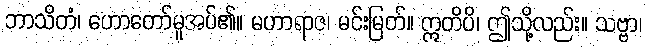
ဘာသိတံ၊ ဟောတော်မူအပ်၏။ မဟာရာဇ၊ မင်းမြတ်။ ဣတိပိ၊ ဤသို့လည်း။ သဗ္ဗာ၊